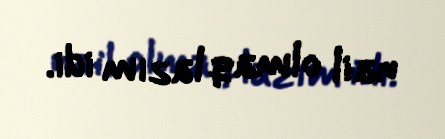
nail olmaq lazım idi.